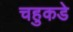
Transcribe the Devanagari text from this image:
चहुकडे